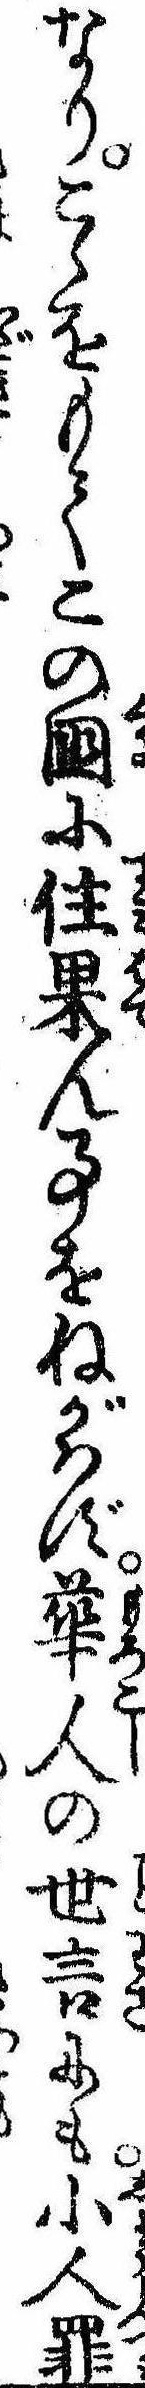
なりこゝをもてこの国に住果ん事をねがはず華人の世言にも小人罪